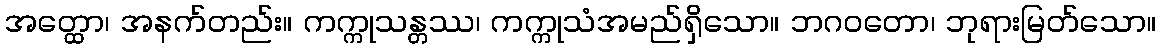
အတ္ထော၊ အနက်တည်း။ ကက္ကုသန္တဿ၊ ကက္ကုသံအမည်ရှိသော။ ဘဂဝတော၊ ဘုရားမြတ်သော။